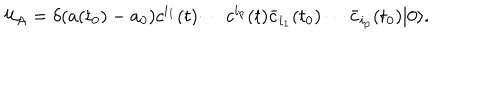
{ \cal U } _ { A } = \delta ( a ( t _ { 0 } ) - a _ { 0 } ) c ^ { i _ { 1 } } ( t ) \cdots c ^ { i _ { p } } ( t ) \bar { c } _ { i _ { 1 } } ( t _ { 0 } ) \cdots \bar { c } _ { i _ { p } } ( t _ { 0 } ) | 0 \rangle .